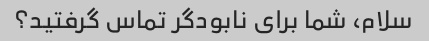
سلام، شما برای نابودگر تماس گرفتید؟